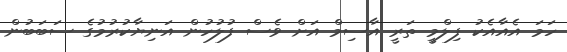
ހަމަ އެއާއެކު ފިލްމީ ތަރީ އާސިމް އަށް ވެސް ފުލުހުން އަނިޔާކުރުމުގެ ސަބަބުން